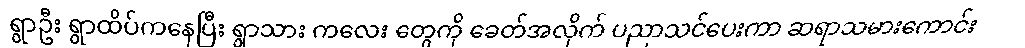
ရွာဦး ရွာထိပ်ကနေပြီး ရွာသား ကလေး တွေကို ခေတ်အလိုက် ပညာသင်ပေးကာ ဆရာသမားကောင်း